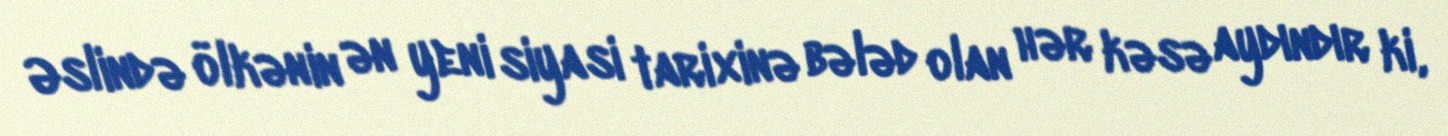
Əslində ölkənin ən yeni siyasi tarixinə bələd olan hər kəsə aydındır ki,